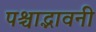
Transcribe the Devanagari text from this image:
पश्चाद्भावनी